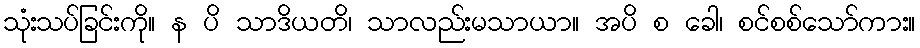
သုံးသပ်ခြင်းကို။ န ပိ သာဒိယတိ၊ သာလည်းမသာယာ။ အပိ စ ခေါ၊ စင်စစ်သော်ကား။